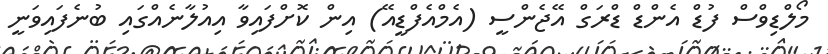
މޯލްޑިވްސް ފުޑް އެންޑް ޑްރަގް އޭޖެންސީ (އެމްއެފްޑީއޭ) އިން ކޮށްފައިވާ އިއުލާނެއްގައި ބުނެފައިވަނީ